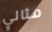
مثالي